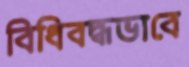
বিধিবদ্ধভাবে